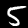
Digit: 5